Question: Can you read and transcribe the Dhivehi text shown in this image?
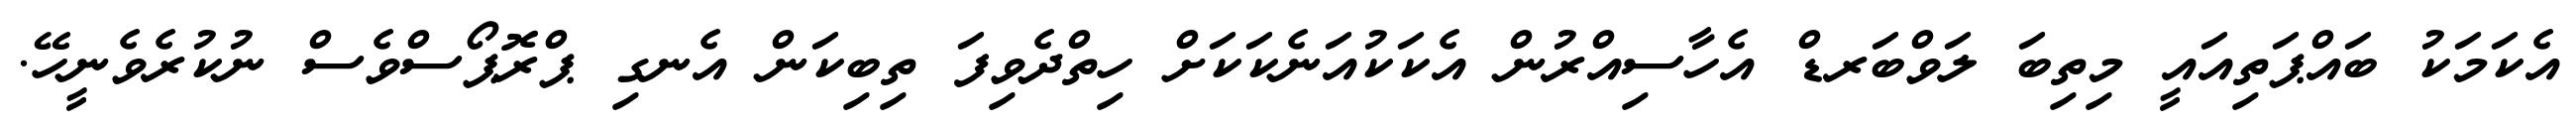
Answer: އެކަމަކު ބައްޕަތިއައީ މިތިބަ ލަވްބަރޑް އެހާސިއްރުން އެކަކުއަނެކަކަށް ހިތްދެވިފަ ތިބިކަން އެނގި ޕްރޮޕޯސްވެސް ނުކުރެވެނީހޭ.